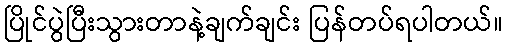
ပြိုင်ပွဲပြီးသွားတာနဲ့ချက်ချင်း ပြန်တပ်ရပါတယ်။